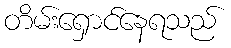
တိမ်းရှောင်နေရသည်